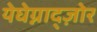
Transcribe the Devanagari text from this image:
येघेग्नाद्ज़ोर